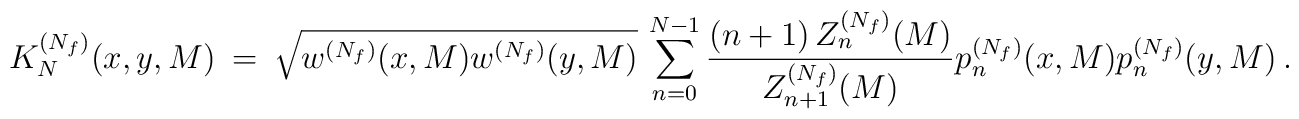
K_N^{(N_f)}(x,y,M) \ = \ \sqrt{w^{(N_f)}(x,M)w^{(N_f)}(y,M)} \,                 \sum_{n=0}^{N-1}                   \frac{(n+1)\,Z_n^{(N_f)}(M)}{Z_{n+1}^{(N_f)}(M)}                p_n^{(N_f)}(x,M) p_n^{(N_f)}(y,M) \ .